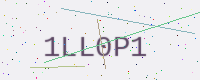
Text: 1LL0P1